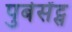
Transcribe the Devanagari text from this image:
पुबेसेंट्स